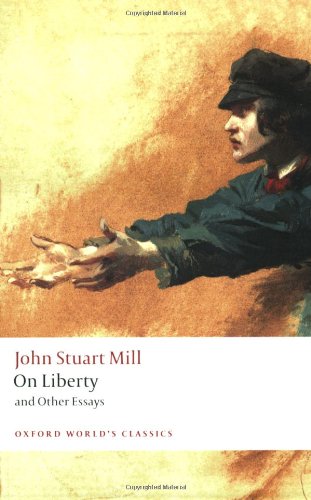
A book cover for On Liberty and Other Essays (Oxford World's Classics); John Stuart Mill; Literature & Fiction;